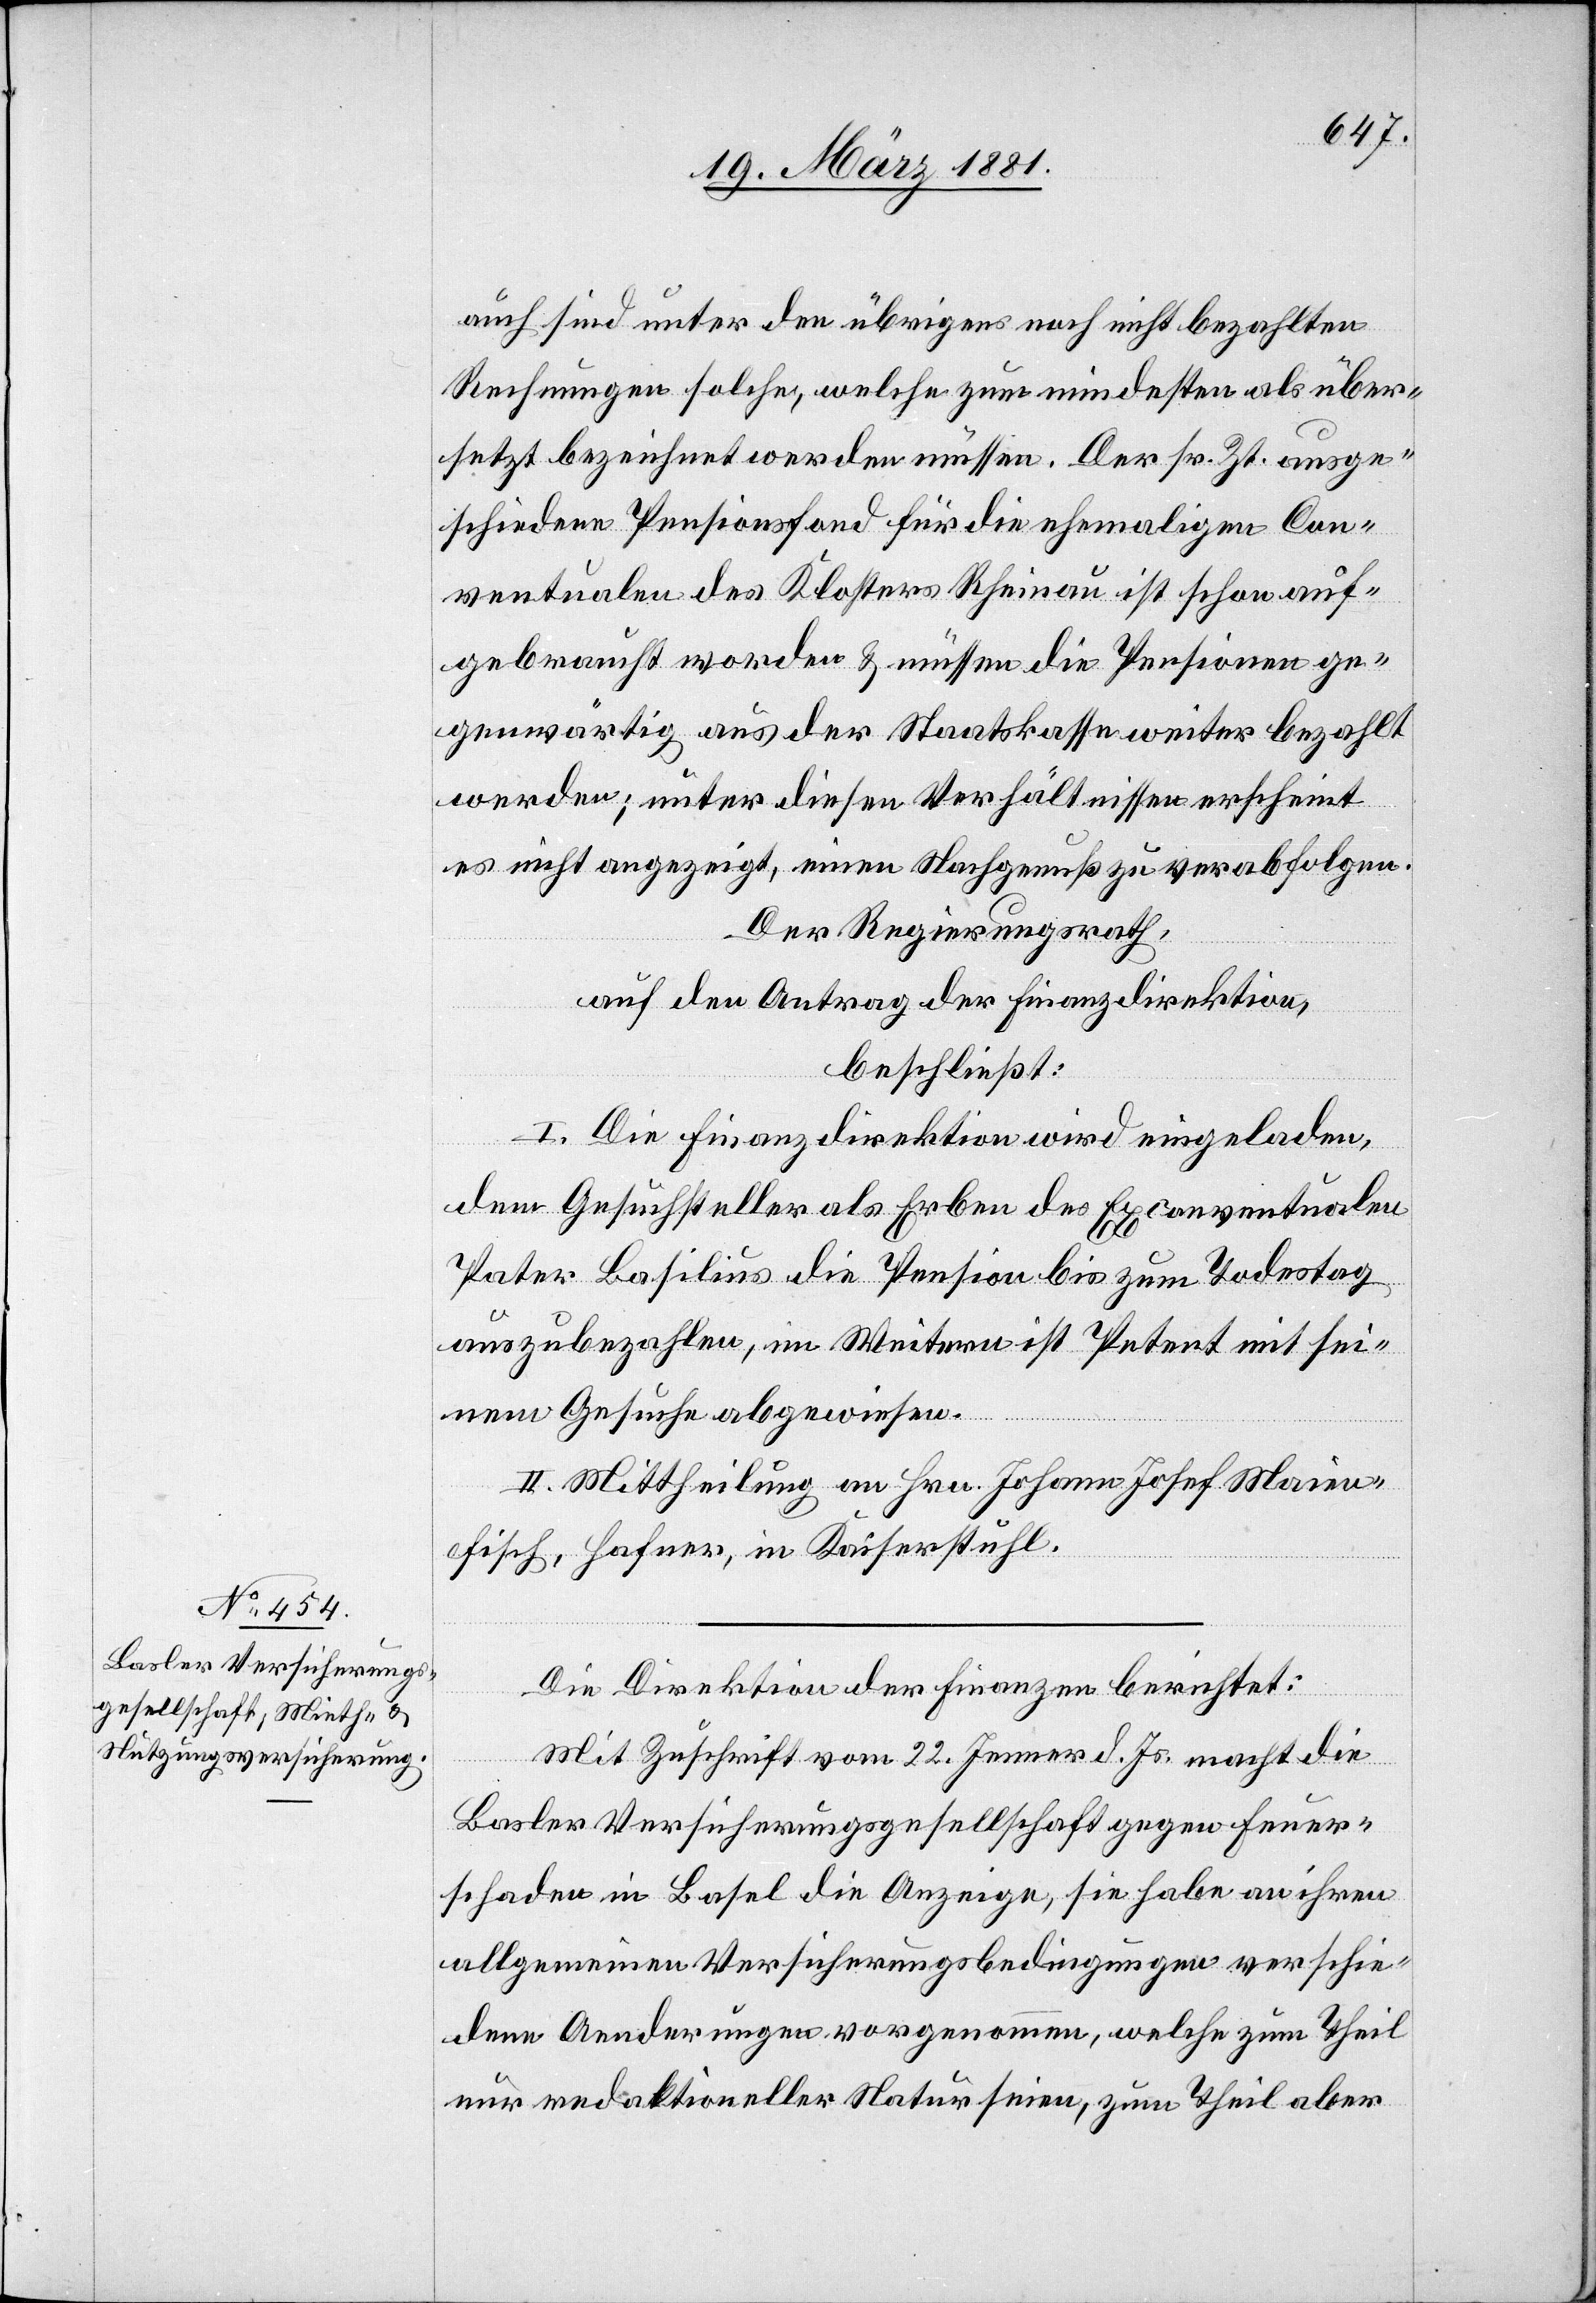
auch sind unter den übrigens noch nicht bezahlten
Rechnungen solche, welche zum mindesten als über¬
setzt bezeichnet werden müssen. Der sr. Zt. ausge¬
schiedene Pensionsfond für die ehemaligen Con¬
ventualen des Klosters Rheinau ist schon auf¬
gebraucht worden & müssen die Pensionen ge¬
genwärtig aus der Staatskasse weiter bezahlt
werden; unter diesen Verhältnissen erscheint
es nicht angezeigt, einen Nachgenuß zu verabfolgen.
Der Regierungsrath,
auf den Antrag der Finanzdirektion,
beschließt:
I. Die Finanzdirektion wird eingeladen,
dem Gesuchsteller als Erben des Exconventualen
Pater Basilius die Pension bis zum Todestag
auszubezahlen, im Weitern ist Petent mit sei¬
nem Gesuche abgewiesen.
II. Mittheilung an Hrn. Johann Meien¬
fisch, Hafner, in Kaiserstuhl.
Die Direktion der Finanzen berichtet:
Mit Zuschrift vom 22. Jenner d. Js. macht die
Basler Versicherungsgesellschaft gegen Feuer¬
schaden in Basel die Anzeige, sie habe an ihren
allgemeinen Versicherungsbedingungen verschie¬
dene Aenderungen vorgenommen, welche zum Theil
nur redaktioneller Natur seien, zum Theil aber